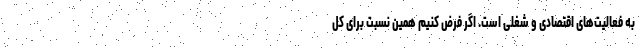
به فعالیت‌های اقتصادی و شغلی است. اگر فرض کنیم همین نسبت برای کل